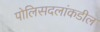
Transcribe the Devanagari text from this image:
पोलिसदलांकडील